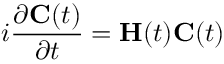
i \frac { \partial \mathbf { C } ( t ) } { \partial t } = \mathbf { H } ( t ) \mathbf { C } ( t )